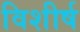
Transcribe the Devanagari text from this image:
विशीर्ष